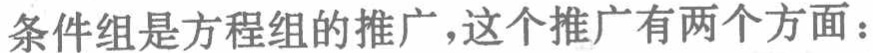
条件组是方程组的推广,这个推广有两个方面：